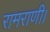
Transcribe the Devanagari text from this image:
रामराणी।